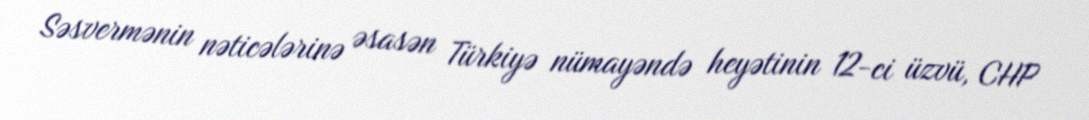
Səsvermənin nəticələrinə əsasən Türkiyə nümayəndə heyətinin 12-ci üzvü, CHP